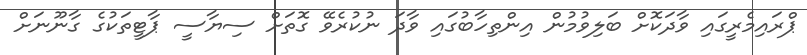
ޕްރައިމެރީގައި ވާދަކޮށް ބަލިވުމުން އިންތިހާބުގައި ވާދަ ނުކުރެވޭ ގޮތަށް ސިޔާސީ ޕާޓީތަކުގެ ގާނޫނަށް